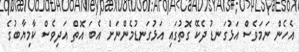
އެހެން ނަމަވެސް އަޅުގަނޑު ދެކޭ ގޮތުގައި އަޅުގަނޑުމެންނަށް އެބަ އޮތް އަދިވެސް ކާމިޔާބުގެ